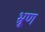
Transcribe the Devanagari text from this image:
भ्रूण